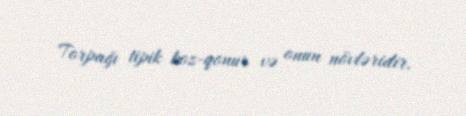
Torpağı tipik boz-qonur və onun növləridir.